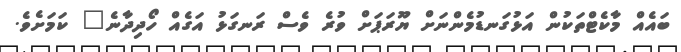
ބައެއް މާކެޓްތަކުން އަޅުގަނޑުމެންނަށް ޔޫރަޕަށް ވުރެ ވެސް ރަނގަޅު އަގެއް ހޯދިދާނެ" ކަމަށެވެ.